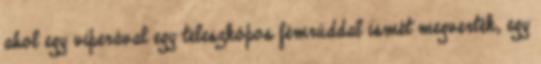
ahol egy viperával egy teleszkópos fémrúddal ismét megverték, egy